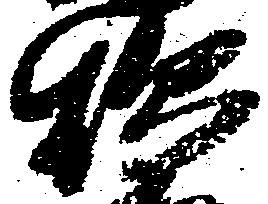
炊